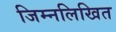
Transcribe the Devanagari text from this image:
जिम्नलिखित